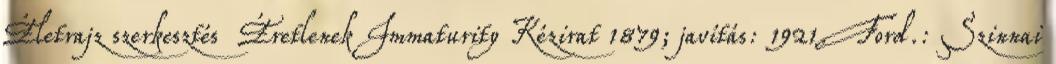
Életrajz szerkesztés Éretlenek Immaturity Kézirat 1879; javítás: 1921. Ford.: Szinnai